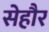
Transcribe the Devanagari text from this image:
सेहौर